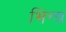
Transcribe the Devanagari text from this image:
भिन्न्न